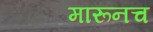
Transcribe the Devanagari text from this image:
मारूनच